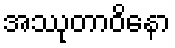
အဿုတာဝိနော